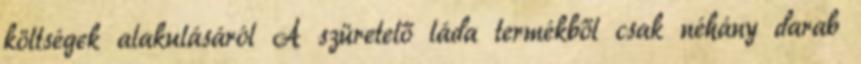
költségek alakulásáról A szüretelő láda termékből csak néhány darab